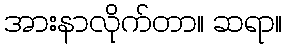
အားနာလိုက်တာ။ ဆရာ။